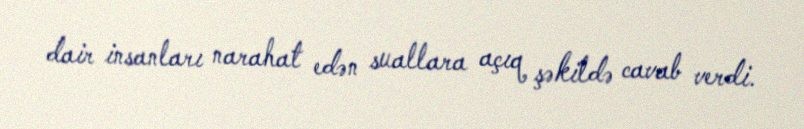
dair insanları narahat edən suallara açıq şəkildə cavab verdi.